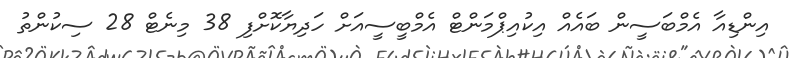
އިންޑިއާ އެމްބަސީން ބައެއް އިކުއިޕްމަންޓް އެމްބީސީއަށް ހަދިޔާކޮށްފި 38 މިނެޓް 28 ސިކުންތު